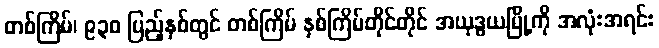
တစ်ကြိမ်၊ ၉၃၀ ပြည့်နှစ်တွင် တစ်ကြိမ် နှစ်ကြိမ်တိုင်တိုင် အယုဒ္ဓယမြို့ကို အလုံးအရင်း